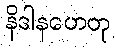
နိဒါနဟေတု